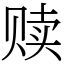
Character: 赎